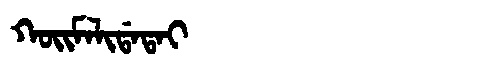
Manchu: ᡴᠣᡳᠮᠠᠯᡳᡩᠠᡨᠠᡳ
Romanization: KOIMALIDATAI